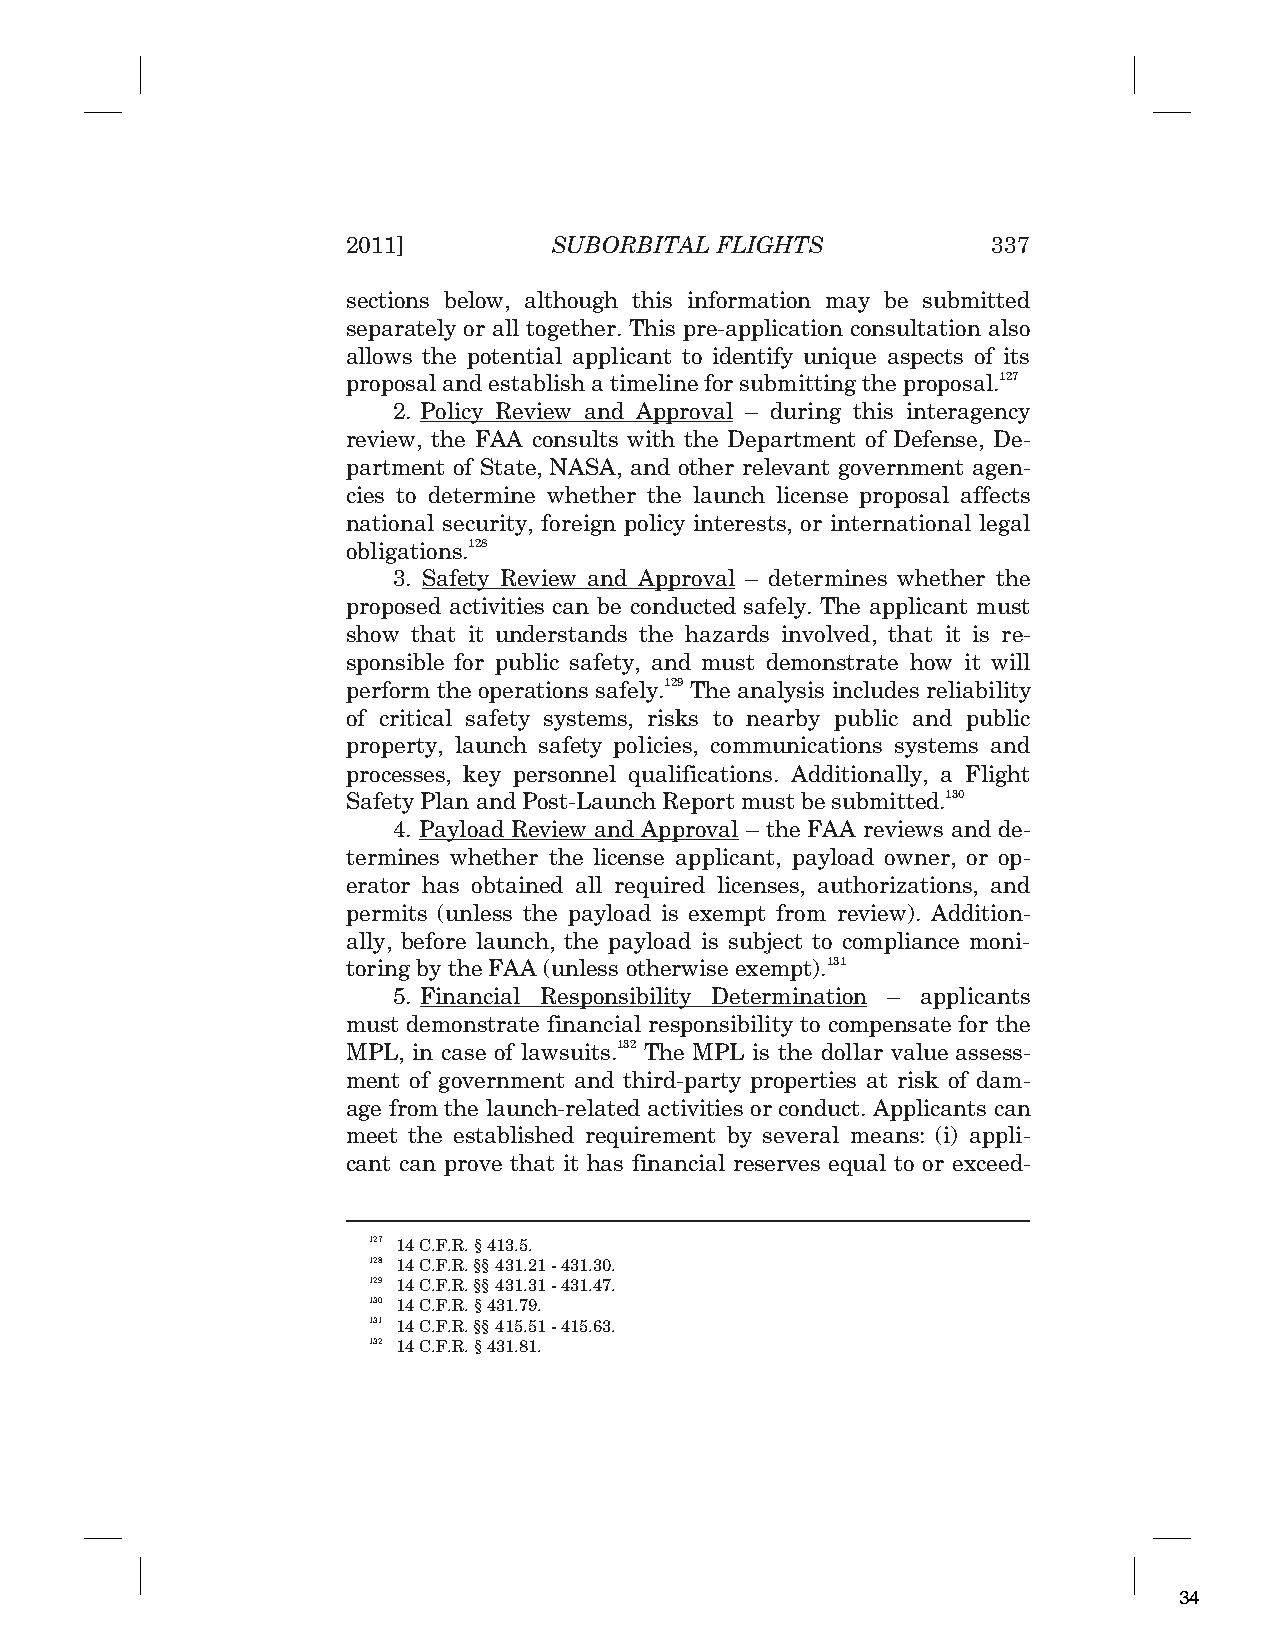
2011]         SUBORBITAL FLIGHTS           337
 sections below, although this information may be submitted
 separately or all together. This pre-application consultation also
 allows the potential applicant to identify unique aspects of its
 proposal and establish a timeline for submitting the proposal.127
 2. Policy Review and Approval – during this interagency
 review, the FAA consults with the Department of Defense, De-
 partment of State, NASA, and other relevant government agen-
 cies to determine whether the launch license proposal affects
 national security, foreign policy interests, or international legal
 obligations.128
 3. Safety Review and Approval – determines whether the
 proposed activities can be conducted safely. The applicant must
 show that it understands the hazards involved, that it is re-
 sponsible for public safety, and must demonstrate how it will
 perform the operations safely.129 The analysis includes reliability
 of critical safety systems, risks to nearby public and public
 property, launch safety policies, communications systems and
 processes, key personnel qualifications. Additionally, a Flight
 Safety Plan and Post-Launch Report must be submitted.130
 4. Payload Review and Approval – the FAA reviews and de-
 termines whether the license applicant, payload owner, or op-
 erator has obtained all required licenses, authorizations, and
 permits (unless the payload is exempt from review). Addition-
 ally, before launch, the payload is subject to compliance moni-
 toring by the FAA (unless otherwise exempt).131
 5. Financial Responsibility Determination – applicants
 must demonstrate financial responsibility to compensate for the
 MPL, in case of lawsuits.132 The MPL is the dollar value assess-
 ment of government and third-party properties at risk of dam-
 age from the launch-related activities or conduct. Applicants can
 meet the established requirement by several means: (i) appli-
 cant can prove that it has financial reserves equal to or exceed-
 127 14 C.F.R. § 413.5.
 128 14 C.F.R. §§ 431.21 - 431.30.
 129 14 C.F.R. §§ 431.31 - 431.47.
 130 14 C.F.R. § 431.79.
 131 14 C.F.R. §§ 415.51 - 415.63.
 132 14 C.F.R. § 431.81.
 34